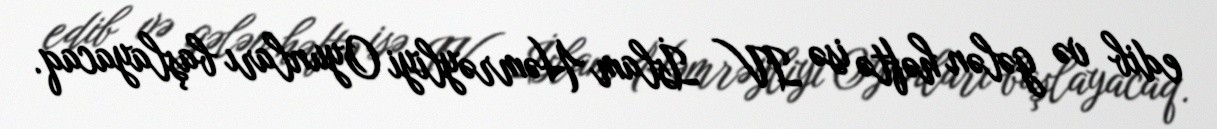
edib və gələn həftə isə IV İslam Həmrəyliyi Oyunları başlayacaq.